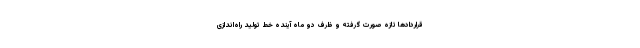
قراردادها تازه صورت گرفته و ظرف دو ماه آینده خط تولید راه‌اندازی